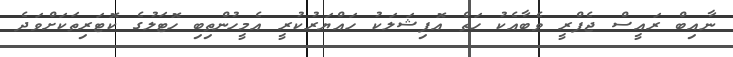
ނާއިބް ރައީސް ޖެފްރީ ވެބާއެކު ހަތް އޮފިޝަލަކު ހައްޔަރުކުރީ އެމީހުންތިބި ހޮޓަލުގެ ކޮޓަރިތަކަށްވަދެ